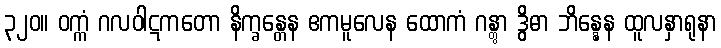
၃၂၀။ ဝက္ကံ ဂလဝါဋကတော နိက္ခန္တေန ဧကမူလေန ထောကံ ဂန္တွာ ဒွိဓာ ဘိန္နေန ထူလနှာရုနာ